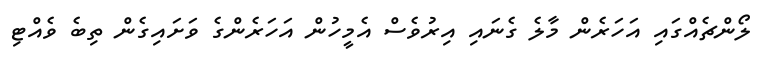
ލޯންޗެއްގައި އަހަރެން މާލެ ގެނައި އިރުވެސް އެމީހުން އަހަރެންގެ ވަށައިގެން ތިބެ ވެއްޓި